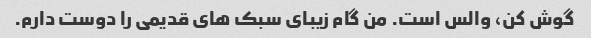
گوش کن، والس است. من گام زیبای سبک های قدیمی را دوست دارم.